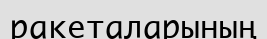
ракеталарының